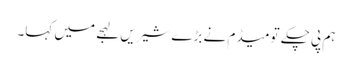
ہم پی چکے تو میڈم نے بڑے شیریں لہجے میں کہا۔